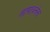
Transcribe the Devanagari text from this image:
तापावर्तना